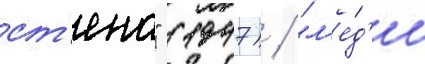
ст'ена" (1947) / "л'е́д'и